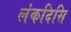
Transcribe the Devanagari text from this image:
लंकदिसि